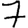
Digit: 7